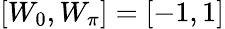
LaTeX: [W_{0},W_{\pi}]=[-1,1]